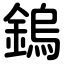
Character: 鎢